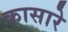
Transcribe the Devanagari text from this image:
कासारे